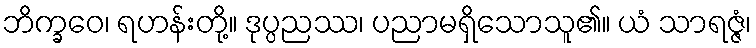
ဘိက္ခဝေ၊ ရဟန်းတို့။ ဒုပ္ပညဿ၊ ပညာမရှိသောသူ၏။ ယံ သာရဇ္ဇံ၊